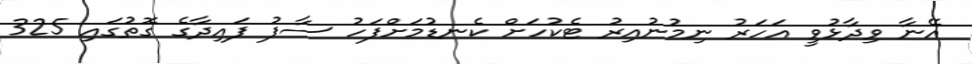
އޭނާ ވިދާޅުވީ އަހަރު ނިމުނުއިރު ޓެކުހަށް ކެނޑުމަށްފަހު ސާފު ފައިދާގެ ގޮތުގައި 325